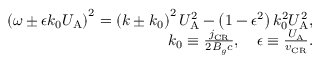
\begin{array} { r } { \left( \omega \pm \epsilon k _ { 0 } U _ { \mathrm { A } } \right) ^ { 2 } = \left( k \pm k _ { 0 } \right) ^ { 2 } U _ { \mathrm { A } } ^ { 2 } - \left( 1 - \epsilon ^ { 2 } \right) k _ { 0 } ^ { 2 } U _ { \mathrm { A } } ^ { 2 } , } \\ { k _ { 0 } \equiv \frac { j _ { \mathrm { C R } } } { 2 B _ { g } c } , \quad \epsilon \equiv \frac { U _ { \mathrm { A } } } { v _ { \mathrm { C R } } } . } \end{array}